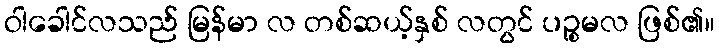
ဝါခေါင်လသည် မြန်မာ လ တစ်ဆယ့်နှစ် လတွင် ပဉ္စမလ ဖြစ်၏။